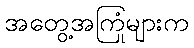
အတွေ့အကြုံများက